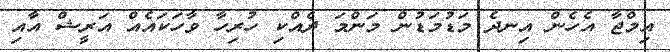
އިމްޖާ އެހެން އިނދެ މަޑުމަޑުން މަންމަ ދެއްކި ހުރިހާ ވާހަކައެއް އަރީޝް އާއި